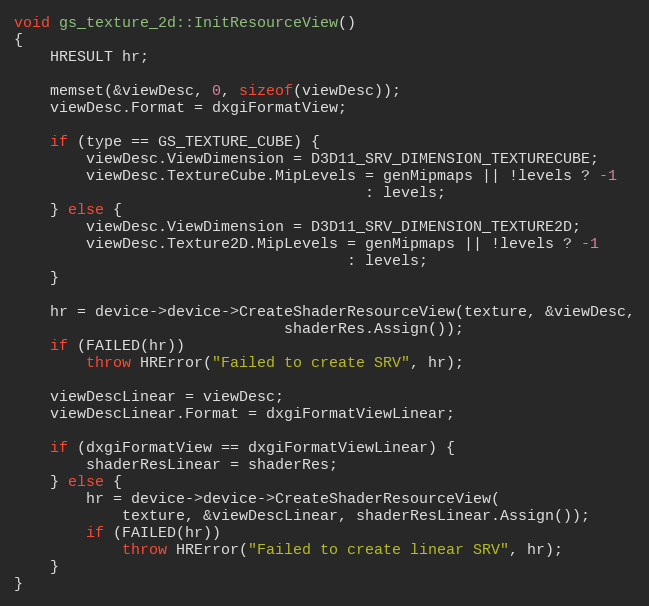
Language: C++
void gs_texture_2d::InitResourceView()
{
	HRESULT hr;

	memset(&viewDesc, 0, sizeof(viewDesc));
	viewDesc.Format = dxgiFormatView;

	if (type == GS_TEXTURE_CUBE) {
		viewDesc.ViewDimension = D3D11_SRV_DIMENSION_TEXTURECUBE;
		viewDesc.TextureCube.MipLevels = genMipmaps || !levels ? -1
								       : levels;
	} else {
		viewDesc.ViewDimension = D3D11_SRV_DIMENSION_TEXTURE2D;
		viewDesc.Texture2D.MipLevels = genMipmaps || !levels ? -1
								     : levels;
	}

	hr = device->device->CreateShaderResourceView(texture, &viewDesc,
						      shaderRes.Assign());
	if (FAILED(hr))
		throw HRError("Failed to create SRV", hr);

	viewDescLinear = viewDesc;
	viewDescLinear.Format = dxgiFormatViewLinear;

	if (dxgiFormatView == dxgiFormatViewLinear) {
		shaderResLinear = shaderRes;
	} else {
		hr = device->device->CreateShaderResourceView(
			texture, &viewDescLinear, shaderResLinear.Assign());
		if (FAILED(hr))
			throw HRError("Failed to create linear SRV", hr);
	}
}